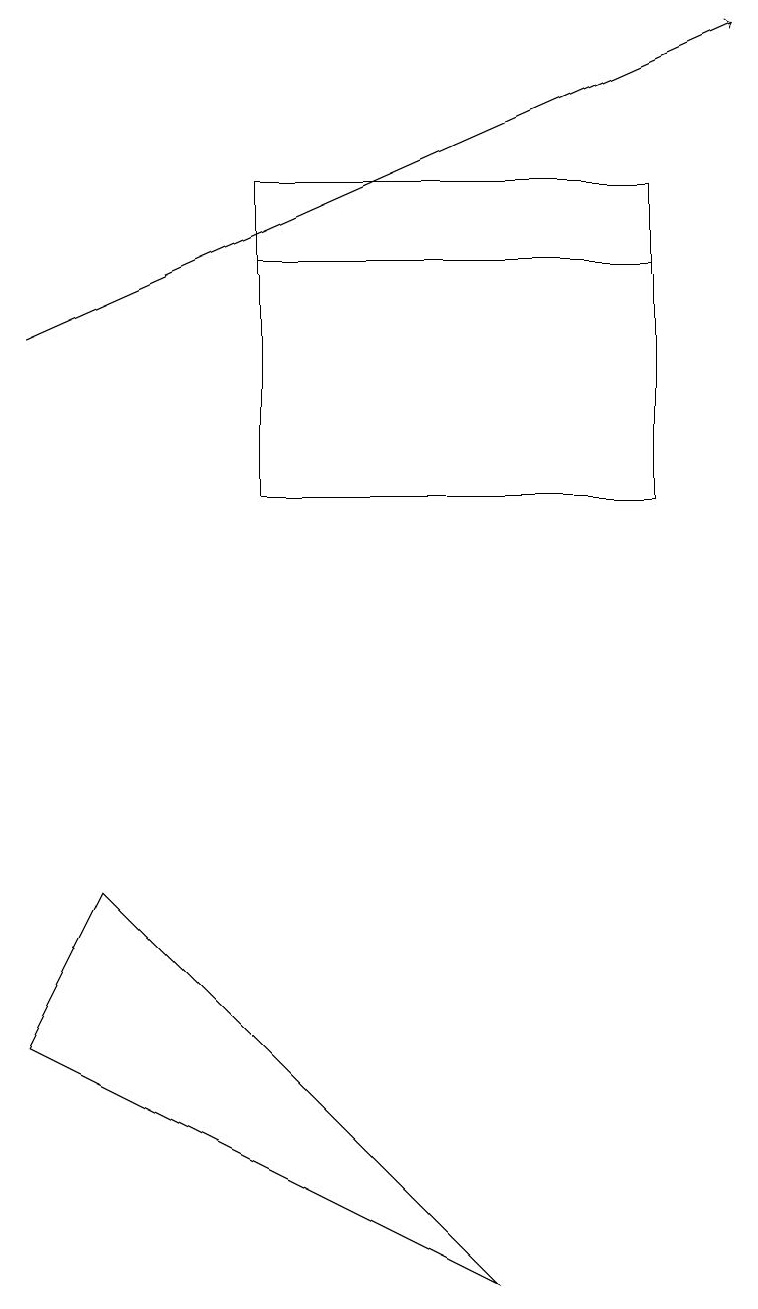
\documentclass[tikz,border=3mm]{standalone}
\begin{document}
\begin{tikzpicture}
\draw (3,13) rectangle (8,10);
\draw (6,14) rectangle (3,14);
\draw (6,0) -- (0,3) -- (1,5) -- cycle;
\draw[->] (0,12) -- (9,16);
\draw (3,10) rectangle (8,14);
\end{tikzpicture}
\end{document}